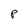
Character: p